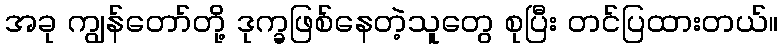
အခု ကျွန်တော်တို့ ဒုက္ခဖြစ်နေတဲ့သူတွေ စုပြီး တင်ပြထားတယ်။